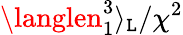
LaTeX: \langlen_{1}^{3}\rangle_{\mathtt{L}}/\chi^{2}